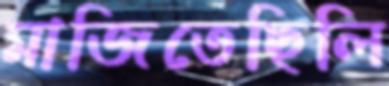
মাজিতেছিলি